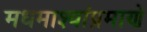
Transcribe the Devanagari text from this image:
मधमाश्यांप्रमाणे